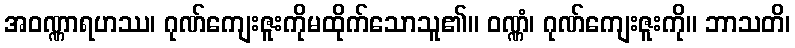
အဝဏ္ဏာရဟဿ၊ ဂုဏ်ကျေးဇူးကိုမထိုက်သောသူ၏။ ဝဏ္ဏံ၊ ဂုဏ်ကျေးဇူးကို။ ဘာသတိ၊